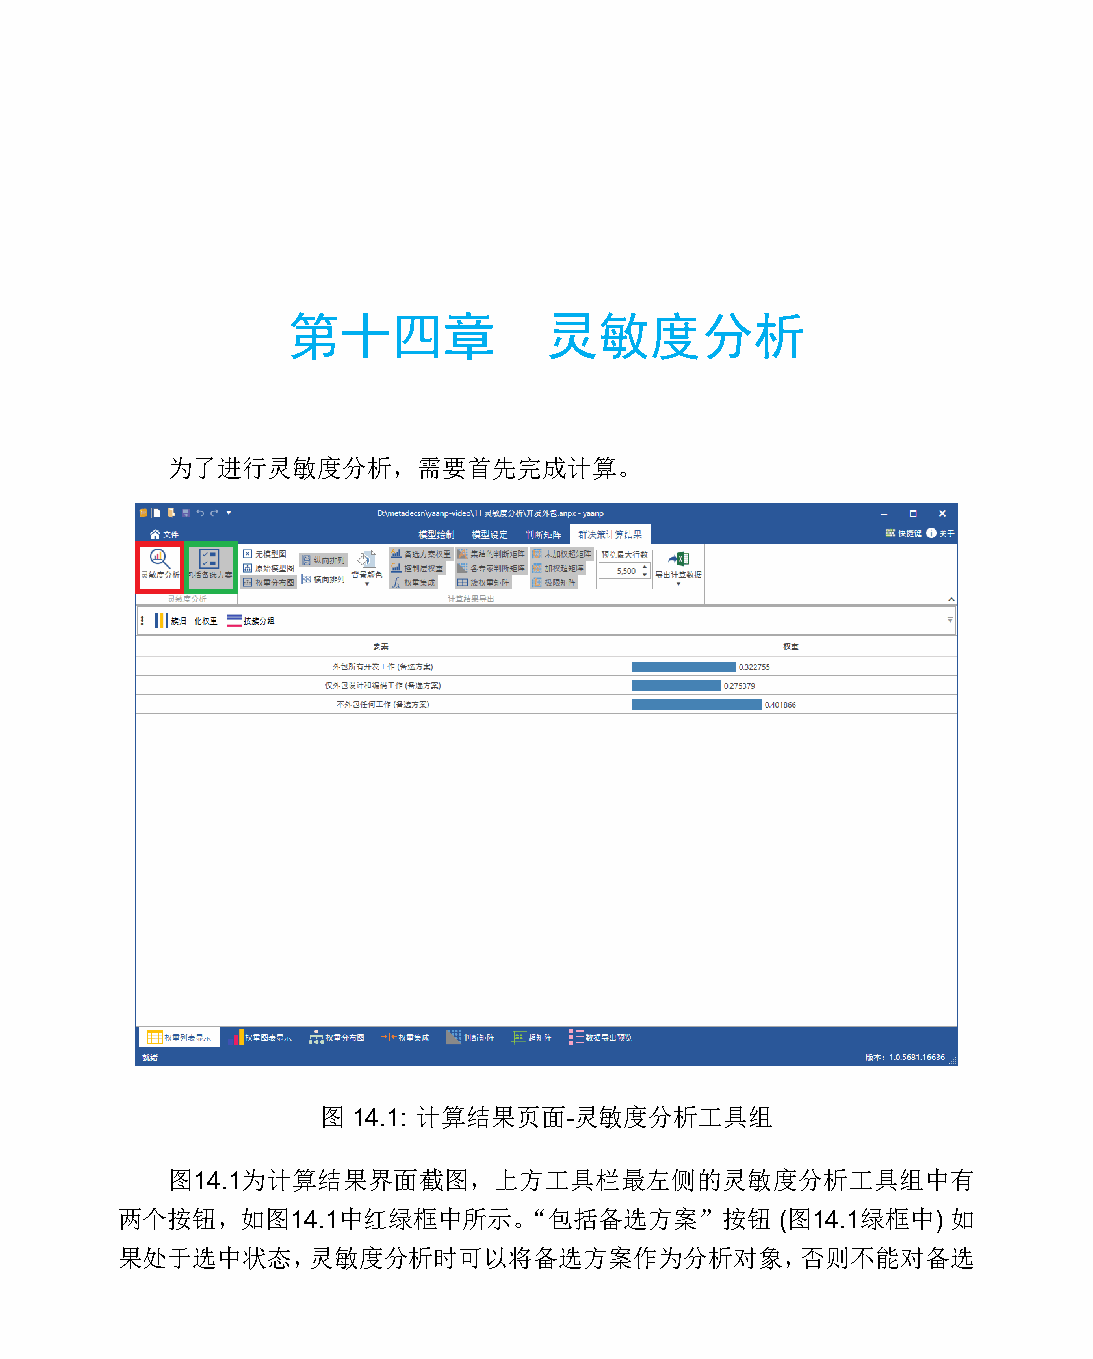
第十四章             灵敏度分析
 为了进行灵敏度分析，需要首先完成计算。
 图 14.1: 计算结果页面-灵敏度分析工具组
 图14.1为计算结果界面截图，上方工具栏最左侧的灵敏度分析工具组中有
 两个按钮，如图14.1中红绿框中所示。“包括备选方案”按钮               (图14.1绿框中) 如
 果处于选中状态，灵敏度分析时可以将备选方案作为分析对象，否则不能对备选